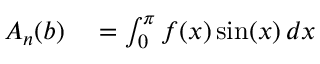
\begin{array} { r l } { A _ { n } ( b ) } & { { } = \int _ { 0 } ^ { \pi } f ( x ) \sin ( x ) \, d x } \end{array}